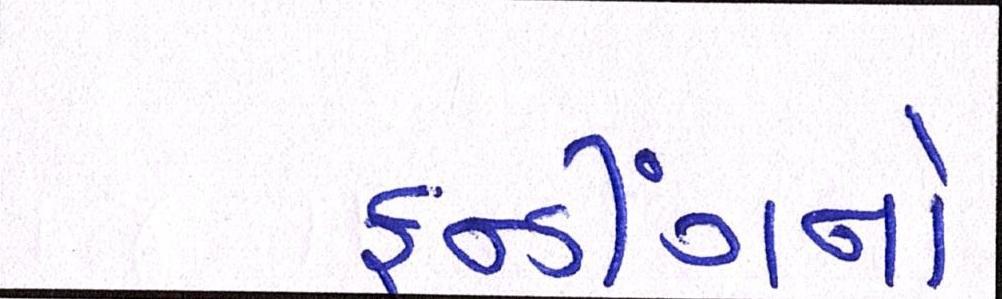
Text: ફન્ડીંગનો